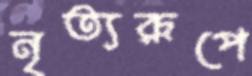
নৃত্যরূপে